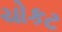
ચોકટ